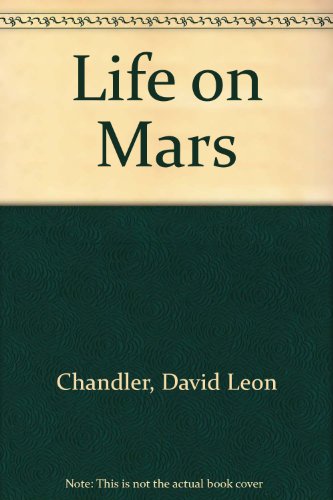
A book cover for Life on Mars; David L. Chandler; Science & Math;